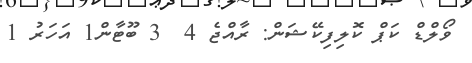
ވޯލްޑް ކަޕް ކޮލިފިކޭޝަން: ރާއްޖެ 4  3 ބޫޓާން1 އަހަރު 1